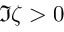
\Im \zeta > 0